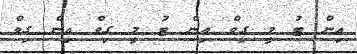
އިން ޓު މީ ގިވް އިން ޓު މީ ގިވް އިން ގިވް